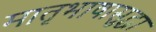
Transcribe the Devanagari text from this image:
मातृभाषासुद्धा